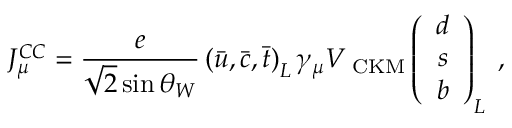
J _ { \mu } ^ { C C } = \frac { e } { \sqrt { 2 } \sin \theta _ { W } } \left( \bar { u } , \bar { c } , \bar { t } \right) _ { L } \gamma _ { \mu } V _ { \mathrm { \footnotesize { ~ C K M } } } \left( \begin{array} { c } { { d } } \\ { { s } } \\ { { b } } \end{array} \right) _ { L } \; ,